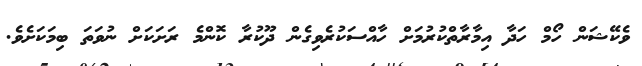
ވެކޭޝަން ހޯމް ހަދާ އިމާރާތްކުރުމަށް ހާއްސަކުރެވިގެން ދޫކުރާ ކޮންމެ ރަށަކަށް ނުވަތަ ބިމަކަށެވެ.